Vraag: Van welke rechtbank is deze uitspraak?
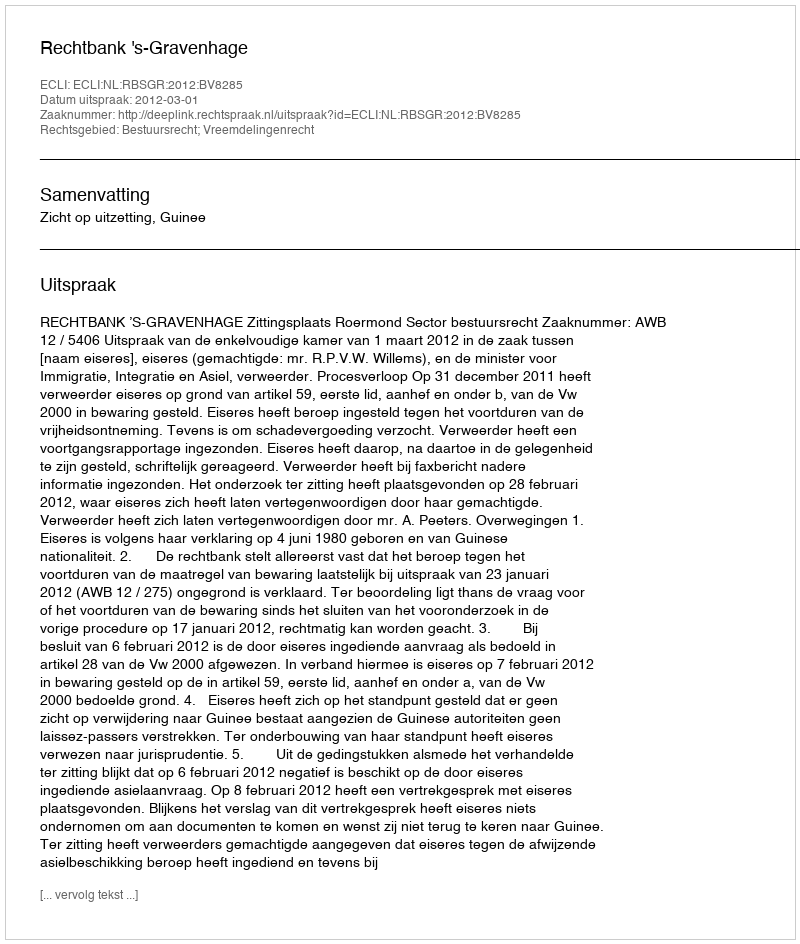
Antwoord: Rechtbank 's-Gravenhage